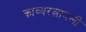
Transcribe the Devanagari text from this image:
काव्यरत्नावली